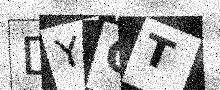
Text: DYOT